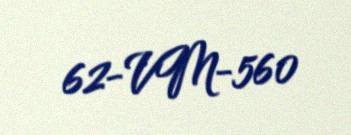
62-VM-560